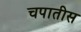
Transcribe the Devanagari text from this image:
चपातीस